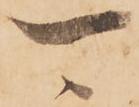
可